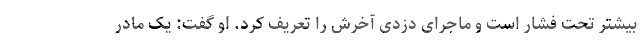
بیشتر تحت فشار است و ماجرای دزدی آخرش را تعریف کرد. او گفت: یک مادر